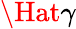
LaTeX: \Hat{\gamma}